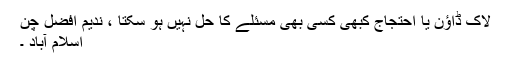
لاک ڈاؤن یا احتجاج کبھی کسی بھی مسئلے کا حل نہیں ہو سکتا ، ندیم افضل چن
اسلام آباد ۔